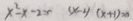
x ^ { 2 } - x - 2 x ( x - 2 ) ( x + 1 ) = 0